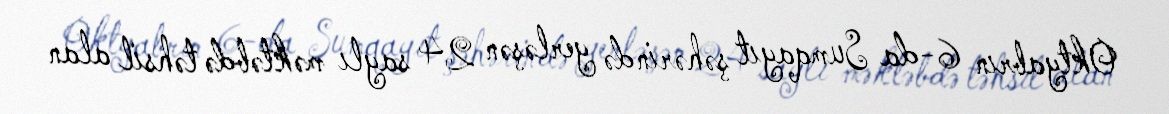
Oktyabrın 6-da Sumqayıt şəhərində yerləşən 24 saylı məktəbdə təhsil alan